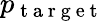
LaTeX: p_{\mathrm{~t~a~r~g~e~t~}}